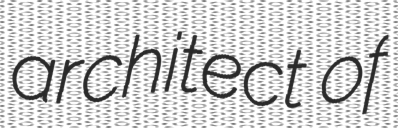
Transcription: architect of